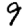
Digit: 9